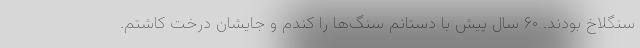
سنگلاخ بودند. ۶۰ سال پیش با دستانم سنگ‌ها را کندم و جایشان درخت کاشتم.